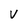
Character: V